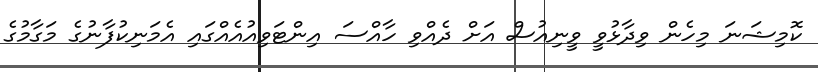
ކޮމިޝަނަ މިހެން ވިދާޅުވީ ވީނިއުސް އަށް ދެއްވި ހާއްސަ އިންޓަވިއުއެއްގައި އެމަނިކުފާނުގެ މަގާމުގެ